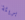
بريئة